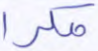
مكرا